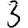
Digit: 3